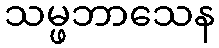
သမ္ဖဘာသေန